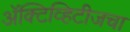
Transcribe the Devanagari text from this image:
ॲक्टिव्हिटीजचा